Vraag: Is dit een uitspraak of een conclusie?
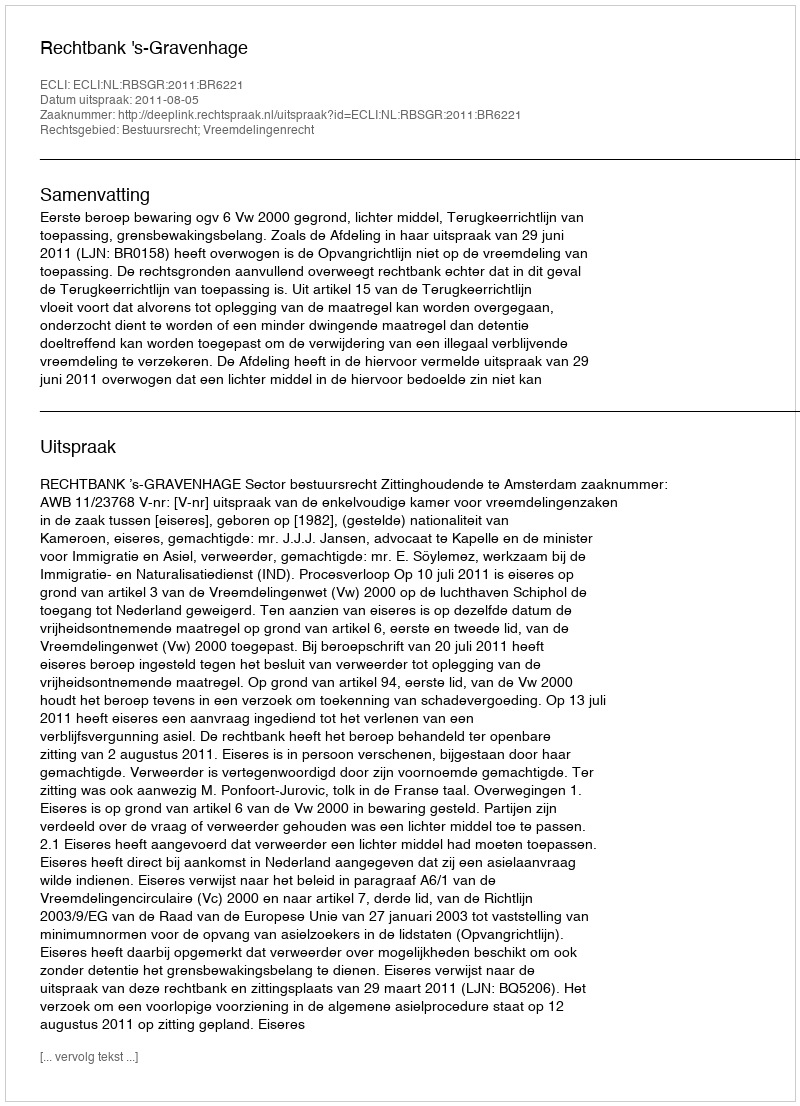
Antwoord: Uitspraak